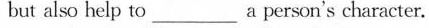
but also help to____a person's character.